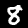
Digit: 8